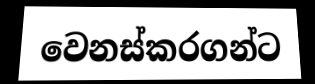
වෙනස්කරගන්ට